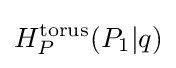
H_{P}^{\text{torus}}(P_{1}|q)